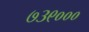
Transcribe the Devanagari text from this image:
७३९०००